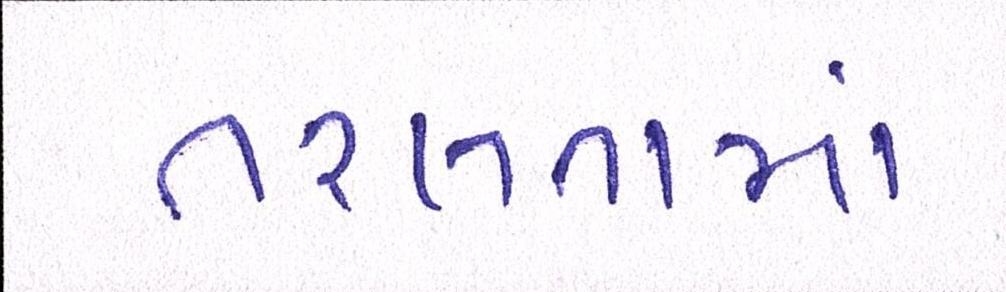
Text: તરલતામાં